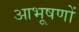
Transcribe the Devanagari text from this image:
आभूषणों